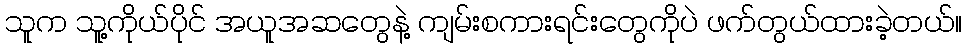
သူက သူ့ကိုယ်ပိုင် အယူအဆတွေနဲ့ ကျမ်းစကားရင်းတွေကိုပဲ ဖက်တွယ်ထားခဲ့တယ်။